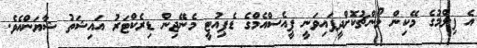
އެ ފިލްމުގެ މޭކިން ލޯންޗުކޮށްދީފައިވަނީ ޕީއެސްއެމްގެ ޑެޕިއުޓީ މެނޭޖިން ޑިރެކްޓަރު އައިޝަތު ޝާޔަންއެވެ.